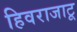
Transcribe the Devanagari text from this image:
हिवराजाटू